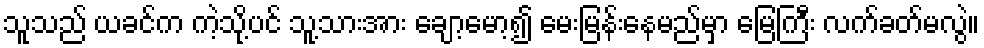
သူသည် ယခင်က ကဲ့သို့ပင် သူ့သားအား ချော့မော့၍ မေးမြန်းနေမည်မှာ မြေကြီး လက်ခတ်မလွဲ။